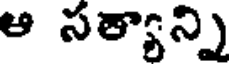
ఆ సత్యాన్ని